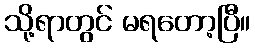
သို့ရာတွင် မရတော့ပြီ။